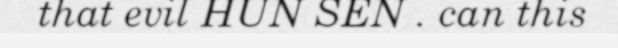
that evil HUN SEN . can this